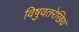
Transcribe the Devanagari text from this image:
विषुवतरेखिय